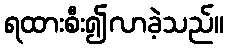
ရထားစီး၍လာခဲ့သည်။